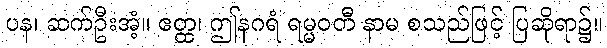
ပန၊ ဆက်ဦးအံ့။ ဧတ္ထ၊ ဤနဂရံ ရမ္မဝတီ နာမ စသည်ဖြင့် ပြဆိုရာ၌။